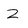
Character: Z